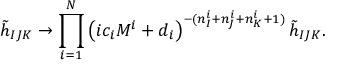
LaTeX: \tilde { h } _ { I J K } \rightarrow \prod _ { i = 1 } ^ { N } \left( i c _ { i } M ^ { i } + d _ { i } \right) ^ { - ( n _ { I } ^ { i } + n _ { J } ^ { i } + n _ { K } ^ { i } + 1 ) } \tilde { h } _ { I J K } .